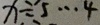
x \div 5 \cdots 4